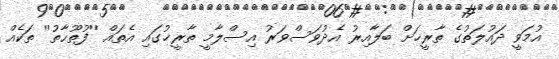
އުމަވީ ދައުލަތުގެ ތާރީޚަށް ބަލާއިރު އެދުވަސްވަރު އިސްލާމީ ތާރީޚުގައި އެތައް ''ފުތޫޙާތު'' ތަކެއް